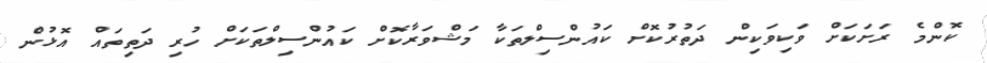
ކޮންމެ ރަށަކަށް ވަކިވަކިން ދަތުރުކޮށް ކައުންސިލްތަކާ މަޝްވަރާކޮށް ކައުންސިލްތަކަށް ހުރި ދަތިތައް އޮޅުން